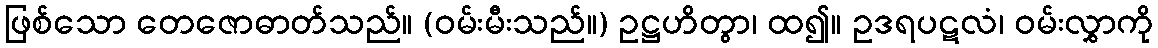
ဖြစ်သော တေဇောဓာတ်သည်။ (ဝမ်းမီးသည်။) ဥဋ္ဌဟိတွာ၊ ထ၍။ ဥဒရပဋလံ၊ ဝမ်းလွှာကို